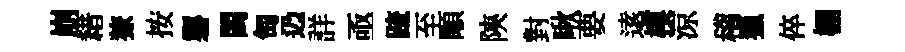
崩耤獠按礱閩匋辸詳亟䟽至顒陝對啾要逺模涼稽獵倅棚